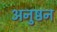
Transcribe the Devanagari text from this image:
अनुष्ठन